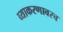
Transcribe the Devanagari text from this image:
व्याकरणावरच